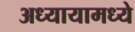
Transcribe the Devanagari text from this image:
अध्यायामध्ये